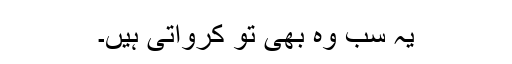
یہ سب وہ بھی تو کرواتی ہیں۔